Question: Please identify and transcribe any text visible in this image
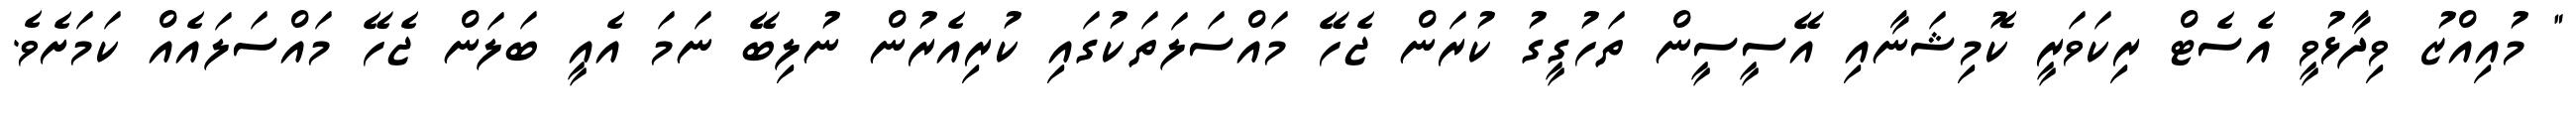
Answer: " މުއިއްޒު ވިދާޅުވީ އެސެޓް ރިކަވަރީ ކޮމިޝަނާއި އޭސީސީން ތަހުގީގު ކުރަން ޖެހޭ މައްސަލަތަކުގައި ކުރިއެރުން ނުލިބޭ ނަމަ އެއީ ބަލަން ޖެހޭ މައްސަލައެއް ކަމަށެވެ.